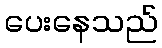
ပေးနေသည်